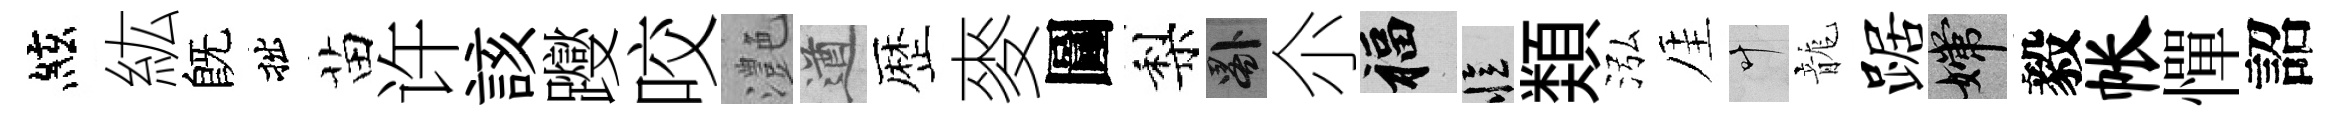
絃紘旣拙苗许該躞咬灔遒歴麥圖梨晷尒福忆𩔖泓厓叶龍踞嫦毅帐憚詔